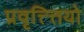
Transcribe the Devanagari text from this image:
प्रवृत्त्त्तियो